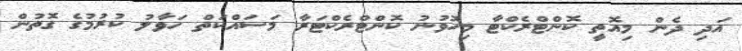
އަދި ދެން މިއޮތީ ކޮންޓްރެކްޓާ މިހޮވުނު ކޮންޓްރެކްޓަރާ މަސައްކަތް ހަވާލު ކުރުމުގެ ގޮތުން